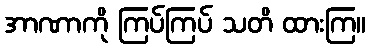
အာဏာကို ကြပ်ကြပ် သတိ ထားကြ။